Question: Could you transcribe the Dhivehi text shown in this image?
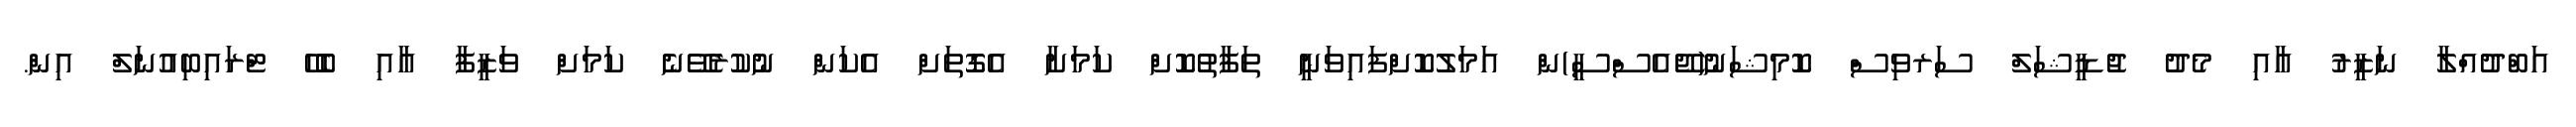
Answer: އަބްދުއްލާ ނަޒީރު އާއި މެދު ޖުޑީޝަލް ސަރވިސް ކޮމިޝަނު(ޖޭއެސްސީ)ން އަމަލުކޮށްފައިވަނީ ތަފާތުކޮށް ކަމަށާ އެގޮތަށް އެކަން ނުކުރެވޭނެ ކަމަށް ވަޒީފާ އާއި ބެހޭ ޓްރައިބިއުނަލް އިން.